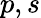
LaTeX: p,s